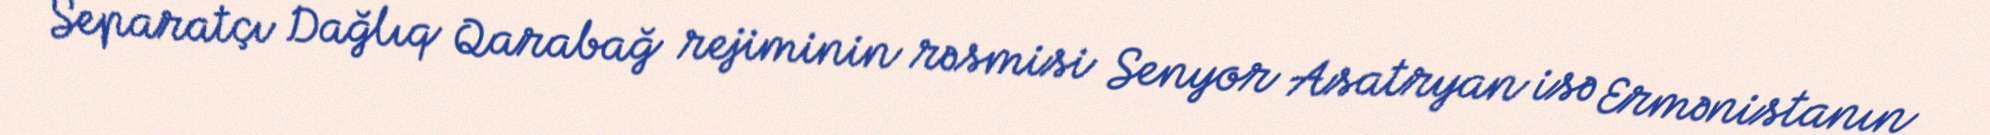
Separatçı Dağlıq Qarabağ rejiminin rəsmisi Senyor Asatryan isə Ermənistanın